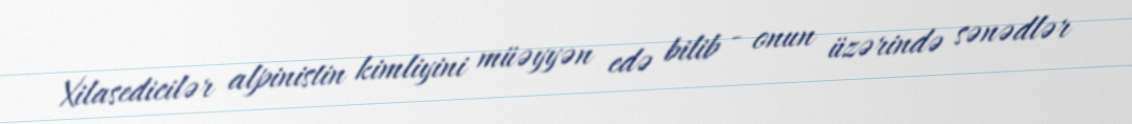
Xilasedicilər alpinistin kimliyini müəyyən edə bilib - onun üzərində sənədlər